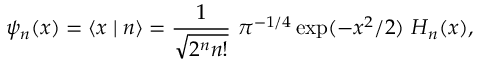
\psi _ { n } ( x ) = \left\langle x \mid n \right\rangle = { \frac { 1 } { \sqrt { 2 ^ { n } n ! } } } ~ \pi ^ { - 1 / 4 } \exp ( - x ^ { 2 } / 2 ) ~ H _ { n } ( x ) ,